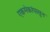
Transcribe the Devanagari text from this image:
एकमेकांपासुन